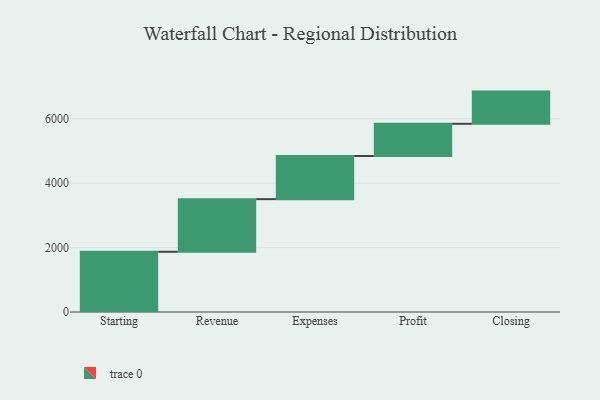
{"axis": {"x": "Step", "y": "Value"}, "legend": [""], "data": [{"x": "Starting", "y": 1871.0, "type": ""}, {"x": "Revenue", "y": 1634.0, "type": ""}, {"x": "Expenses", "y": 1340.0, "type": ""}, {"x": "Profit", "y": 1000, "type": ""}, {"x": "Closing", "y": 1000, "type": ""}]}